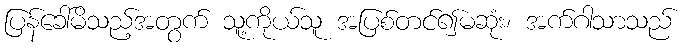
ပြန်ခေါ်မိသည့်အတွက် သူ့ကိုယ်သူ အပြစ်တင်၍မဆုံး၊ အက်ဂါသာသည်